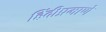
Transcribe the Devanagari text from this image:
हिंदीप्रमाणे